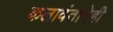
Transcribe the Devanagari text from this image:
कलावंतानेही